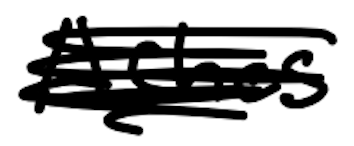
Text: Ashes
Cross-out: scratch
Writing tool: digital_black